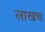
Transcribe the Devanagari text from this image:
लाखच